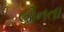
લીનતા